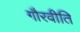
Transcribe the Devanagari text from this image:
गौरवीति